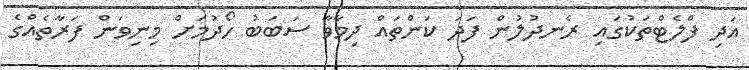
އަދި ފްލެޓްތަކުގައި ރެނދުލުން ފަދަ ކަންތައް ދިމާވާ ސަބަބު ހޯދުމަށް މިނިވަން ފަރާތެއްގެ